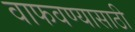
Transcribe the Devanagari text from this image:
वाफवण्यासाठी